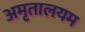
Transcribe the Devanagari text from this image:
अमृतालयम